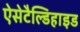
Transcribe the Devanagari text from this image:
ऐसेटैल्डिहाइड